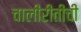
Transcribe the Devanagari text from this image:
चालीरीतींची